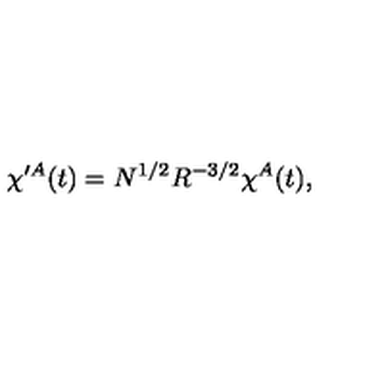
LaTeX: \chi ^ { \prime A } ( t ) = N ^ { 1 / 2 } R ^ { - 3 / 2 } \chi ^ { A } ( t ) ,